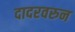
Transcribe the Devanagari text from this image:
दादरवरुन